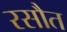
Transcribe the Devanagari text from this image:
रसौत